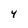
Character: Y